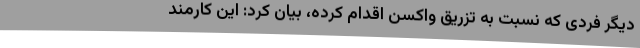
دیگر فردی که نسبت به تزریق واکسن اقدام کرده، بیان کرد: این کارمند